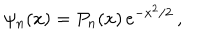
LaTeX: \psi _ { n } ( x ) = P _ { n } ( x ) \, e ^ { - x ^ { 2 } / 2 } \, ,